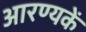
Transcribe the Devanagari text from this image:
आरण्यकें